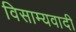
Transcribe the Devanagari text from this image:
विसाम्यवादी